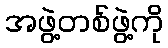
အဖွဲ့တစ်ဖွဲ့ကို